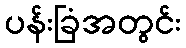
ပန်းခြံအတွင်း